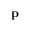
\mathbf { p }